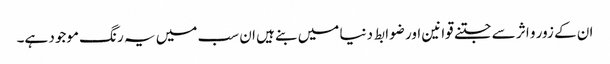
ان کے زور و اثر سے جتنے قوانین اور ضوابط دنیا میں بنے ہیں ان سب میں یہ رنگ موجود ہے۔